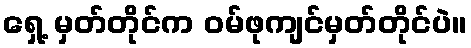
ရှေ့ မှတ်တိုင်က ဝမ်ဖုကျင်မှတ်တိုင်ပဲ။